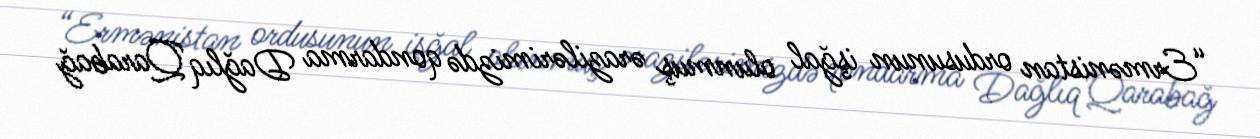
“Ermənistan ordusunun işğal olunmuş ərazilərimizdə qondarma Dağlıq Qarabağ